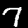
Digit: 7